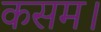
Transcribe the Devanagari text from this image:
कसम।